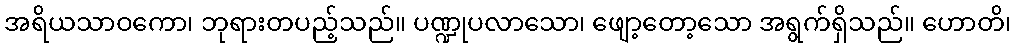
အရိယသာဝကော၊ ဘုရားတပည့်သည်။ ပဏ္ဍုပလာသော၊ ဖျော့တော့သော အရွက်ရှိသည်။ ဟောတိ၊